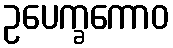
ဥပေက္ခကောဝ